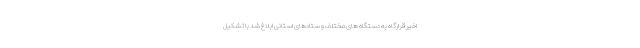
اخیر قرارگاه به دستگاه های مختلف و ستادهای استانی ابلاغ شد با تشکیل